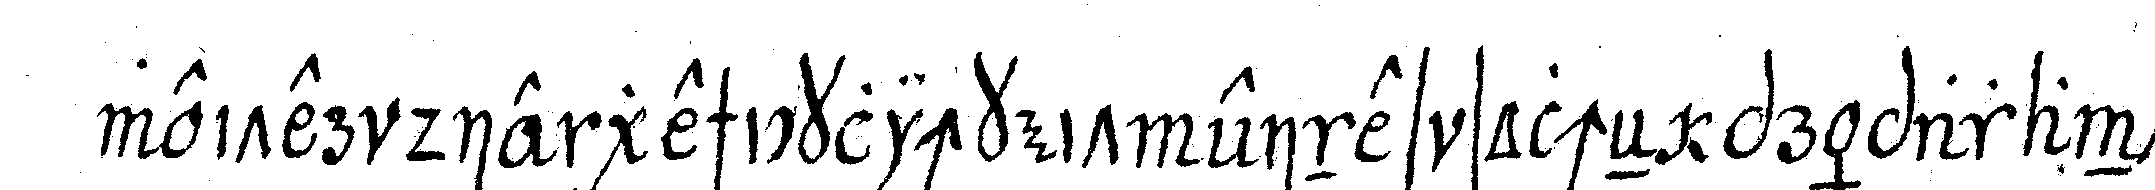
weiter die geschicklichkeit eines solcheN präparanteN